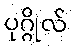
ပုဂ္ဂိုလ်